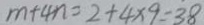
m + 4 n = 2 + 4 \times 9 = 3 8